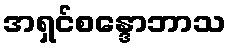
အရှင်စန္ဒောဘာသ